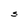
Character: S